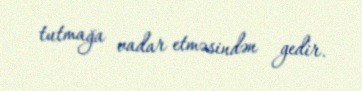
tutmağa vadar etməsindən gedir.